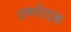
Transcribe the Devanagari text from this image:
उष्णोदक